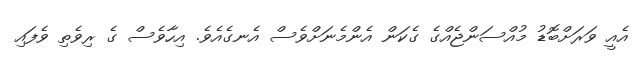
އެއީ ވަރަށްބޮޑު މުއްސަންޖެއްގެ ގެކަން އެންމެނަށްވެސް އެނގެއެވެ. އިހާވެސް ގެ ރިވެތި ވެފައި